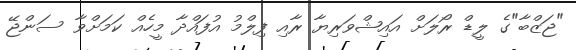
"ޖަޒްބާ"ގެ ލީޑް ރޯލަށް އައިޝްވަރިޔާ ރާއި ފިލްމު އުފައްދާ މީހެއް ކަމަށްވާ ސަންޖޭ